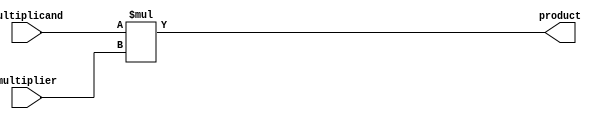
module unsigned_multiplier (
    input [7:0] multiplicand,
    input [7:0] multiplier,
    output [15:0] product
);

reg [15:0] product;

always @(*) begin
    product = multiplicand * multiplier;
end

endmodule